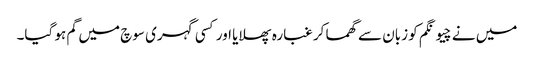
میں نے چیونگم کو زبان سے گھما کر غبارہ پھلایا اور کسی گہری سوچ میں گم ہو گیا۔